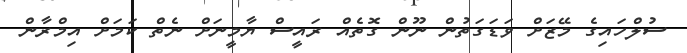
ސުލްހައިގެ މޭޒަށް ވަޑަގަތުން ނޫން ގޮތެއް ރައީސް ޔާމީނަށް ނެތް ކަމަށް އިމްރާން